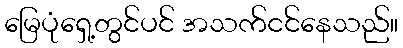
မြေပုံရှေ့တွင်ပင် အသက်ငင်နေသည်။